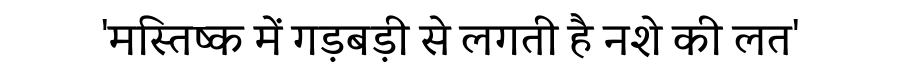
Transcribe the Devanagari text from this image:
'मस्तिष्क में गड़बड़ी से लगती है नशे की लत'